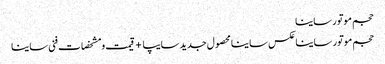
حجم موتور ساینا
حجم موتور ساینا	عکس ساینا محصول جدید سایپا +قیمت و مشخصات فنی ساینا